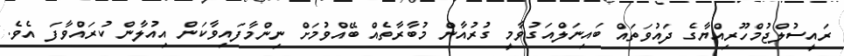
ރައީސުލްޖުމްހޫރިއްޔާގެ ދައުވަތައް ބައިނަލްއަގުވާމީ ގުރުއާން މުބާރާތެއް ބޭއްވުމަށް ނިންމާފައިވާކަން އިއުލާން ކުރައްވާފަ އެވެ.